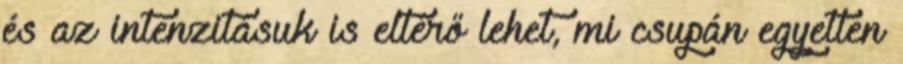
és az intenzitásuk is eltérő lehet, mi csupán egyetlen